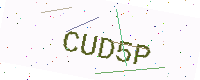
Text: CUD5P